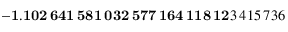
\mathbf { - 1 . 1 0 2 \, 6 4 1 \, 5 8 1 \, 0 3 2 \, 5 7 7 \, 1 6 4 \, 1 1 8 \, 1 2 } 3 \, 4 1 5 \, 7 3 6